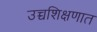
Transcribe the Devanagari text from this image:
उच्चशिक्षणात